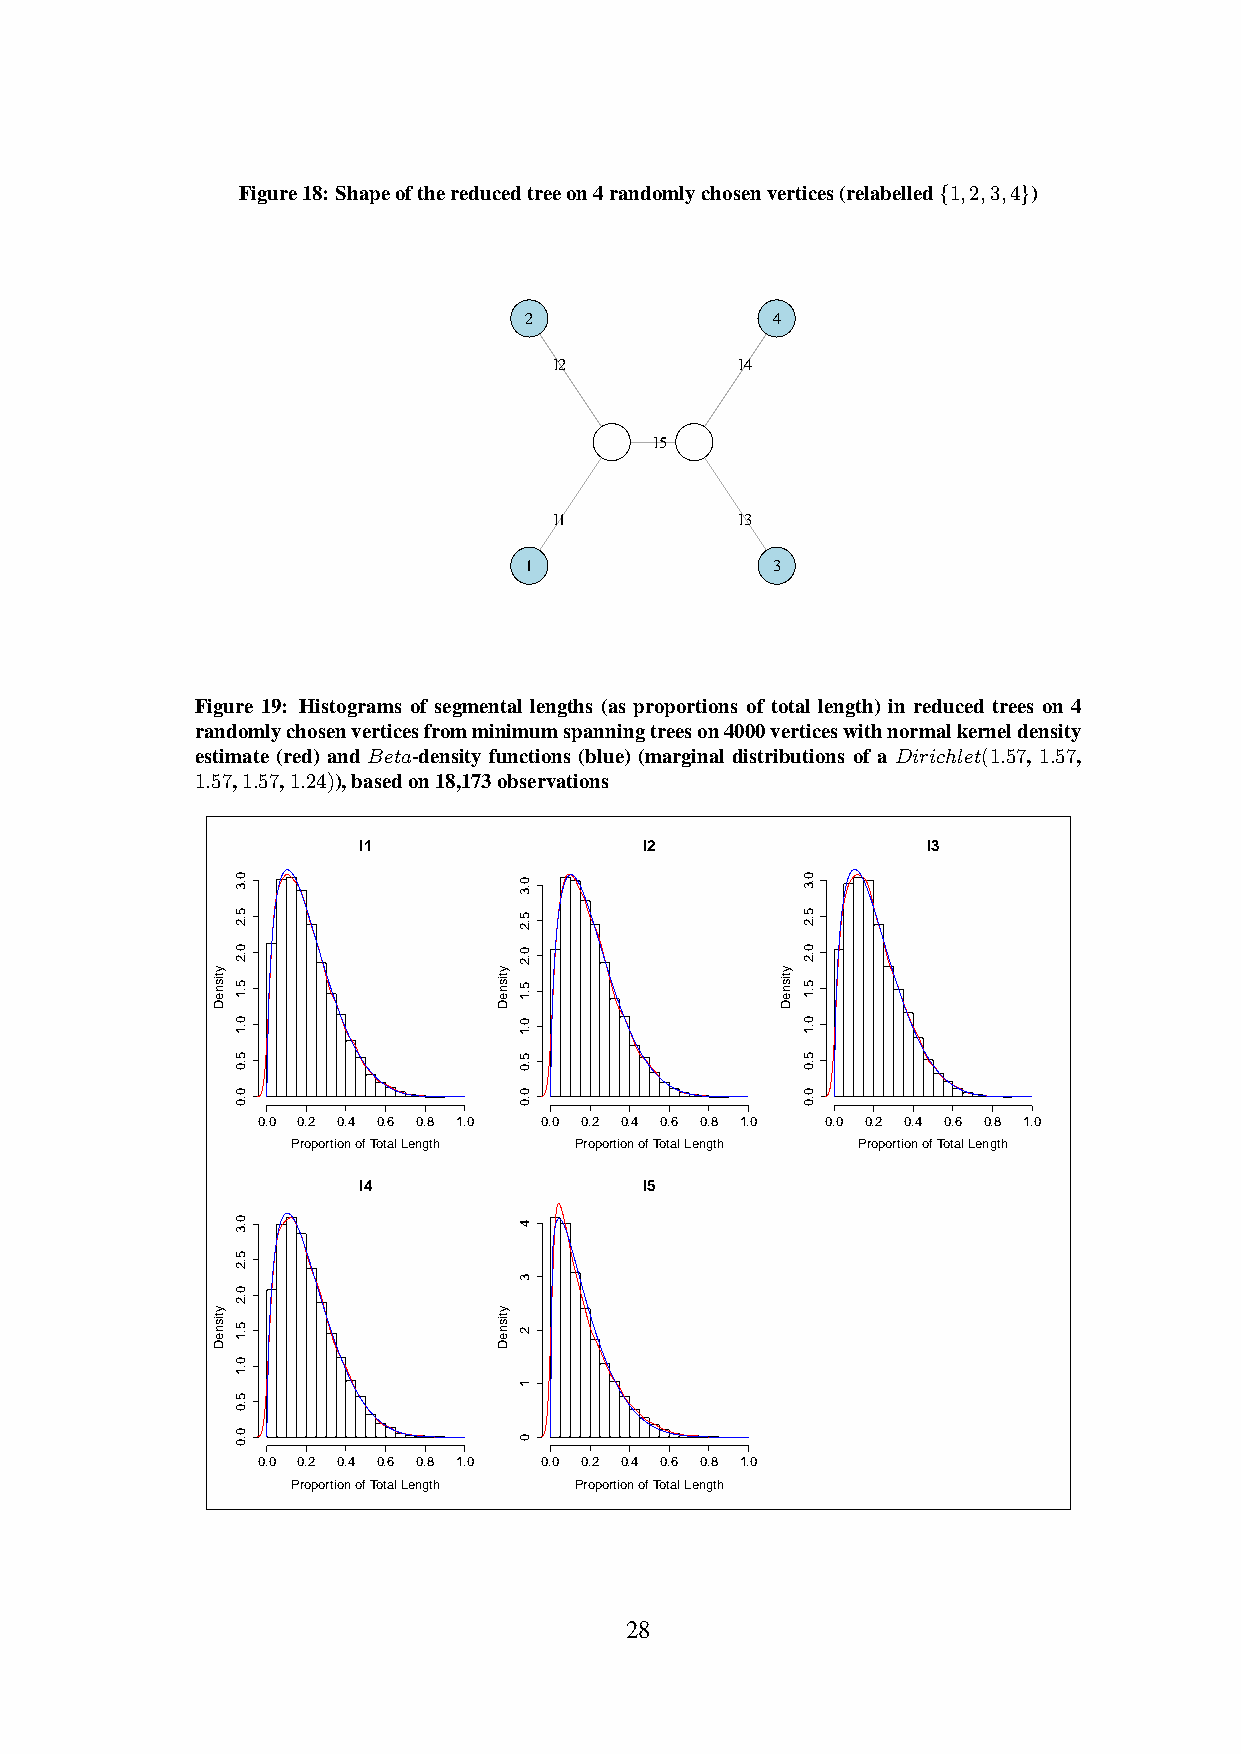
Figure18: Shapeofthereducedtreeon4randomlychosenvertices(relabelled{1,2,3,4})
 2               4
 l2          l4
 l5
 l1          l3
 1               3
 Figure 19: Histograms of segmental lengths (as proportions of total length) in reduced trees on 4
 randomlychosenverticesfromminimumspanningtreeson4000verticeswithnormalkerneldensity
 estimate (red) and Beta-density functions (blue) (marginal distributions of a Dirichlet(1.57, 1.57,
 1.57,1.57,1.24)),basedon18,173observations
 l1                 l2                l3
 0.0 0.2 0.4 0.6 0.8 1.0 0.0 0.2 0.4 0.6 0.8 1.0 0.0 0.2 0.4 0.6 0.8 1.0
 Proportion of Total Length Proportion of Total Length Proportion of Total Length
 l4                 l5
 0.0 0.2 0.4 0.6 0.8 1.0 0.0 0.2 0.4 0.6 0.8 1.0
 Proportion of Total Length Proportion of Total Length
 28
 ytisneD
 ytisneD
 0.3
 5.2
 0.2
 5.1
 0.1
 5.0
 0.0
 0.3
 5.2
 0.2
 5.1
 0.1
 5.0
 0.0
 ytisneD
 ytisneD
 0.3
 5.2
 0.2
 5.1
 0.1
 5.0
 0.0
 4
 3
 2
 1
 0
 ytisneD
 0.3
 5.2
 0.2
 5.1
 0.1
 5.0
 0.0